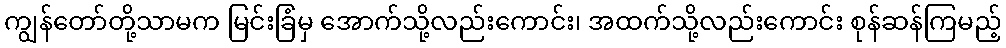
ကျွန်တော်တို့သာမက မြင်းခြံမှ အောက်သို့လည်းကောင်း၊ အထက်သို့လည်းကောင်း စုန်ဆန်ကြမည့်